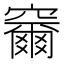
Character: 𮄞